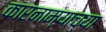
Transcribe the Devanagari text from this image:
कारनाम्याच्या